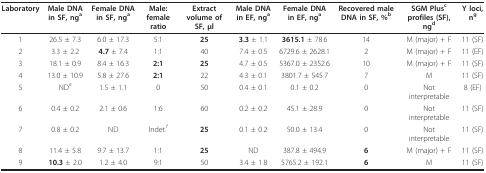
<table><thead><tr><td><b>Laboratory</b></td><td><b>Male DNA in SF, ng<sup>a</sup></b></td><td><b>Female DNA in SF, ng<sup>a</sup></b></td><td><b>Male:female ratio</b></td><td><b>Extract volume of SF, μl</b></td><td><b>Male DNA in EF, ng<sup>a</sup></b></td><td><b>Female DNA in EF, ng<sup>a</sup></b></td><td><b>Recovered male DNA in SF, %<sup>b</sup></b></td><td><b>SGM Plus<sup>c </sup>profiles (SF), ng<sup>d</sup></b></td><td><b>Y loci, n<sup>g</sup></b></td></tr></thead><tbody><tr><td>1</td><td>26.5 ± 7.3</td><td>6.0 ± 17.3</td><td>5:1</td><td><b>25</b></td><td><b>3.3 </b>± 1.1</td><td><b>3615.1 </b>± 78.6</td><td>14</td><td>M (major) + F</td><td>11 (SF)</td></tr><tr><td>2</td><td>3.3 ± 2.2</td><td><b>4.7 </b>± 7.4</td><td>1:1</td><td>40</td><td>7.4 ± 0.5</td><td>6729.6 ± 2628.1</td><td>2</td><td>M (major) + F</td><td>11 (EF)</td></tr><tr><td>3</td><td>18.1 ± 0.9</td><td>8.4 ± 16.3</td><td><b>2:1</b></td><td><b>25</b></td><td>4.7 ± 0.5</td><td>5367.0 ± 2352.6</td><td>10</td><td>M (major) + F</td><td>11 (SF)</td></tr><tr><td>4</td><td>13.0 ± 10.9</td><td>5.8 ± 27.6</td><td><b>2:1</b></td><td>22</td><td>4.3 ± 0.1</td><td>3801.7 ± 545.7</td><td>7</td><td>M</td><td>11 (SF)</td></tr><tr><td>5</td><td>ND<sup>e</sup></td><td>1.5 ± 1.1</td><td>0</td><td>50</td><td>0.4 ± 0.1</td><td>0.1 ± 0.2</td><td>0</td><td>Not interpretable</td><td>8 (EF)</td></tr><tr><td>6</td><td>0.4 ± 0.2</td><td>2.1 ± 0.6</td><td>1:6</td><td>60</td><td>0.2 ± 0.2</td><td>45.1 ± 28.9</td><td>0</td><td>Not interpretable</td><td>11 (SF)</td></tr><tr><td>7</td><td>0.8 ± 0.2</td><td>ND</td><td>Indet.<sup>f</sup></td><td><b>25</b></td><td>0.1 ± 0.2</td><td>50.0 ± 13.4</td><td>0</td><td>Not interpretable</td><td>11 (SF)</td></tr><tr><td>8</td><td>11.4 ± 5.8</td><td>9.7 ± 13.7</td><td>1:1</td><td><b>25</b></td><td>ND</td><td>387.8 ± 494.9</td><td><b>6</b></td><td>M (major) + F</td><td>11 (SF)</td></tr><tr><td>9</td><td><b>10.3 </b>± 2.0</td><td>1.2 ± 4.0</td><td>9:1</td><td>50</td><td>3.4 ± 1.8</td><td>5765.2 ± 192.1</td><td><b>6</b></td><td>M</td><td>11 (SF)</td></tr></tbody></table>